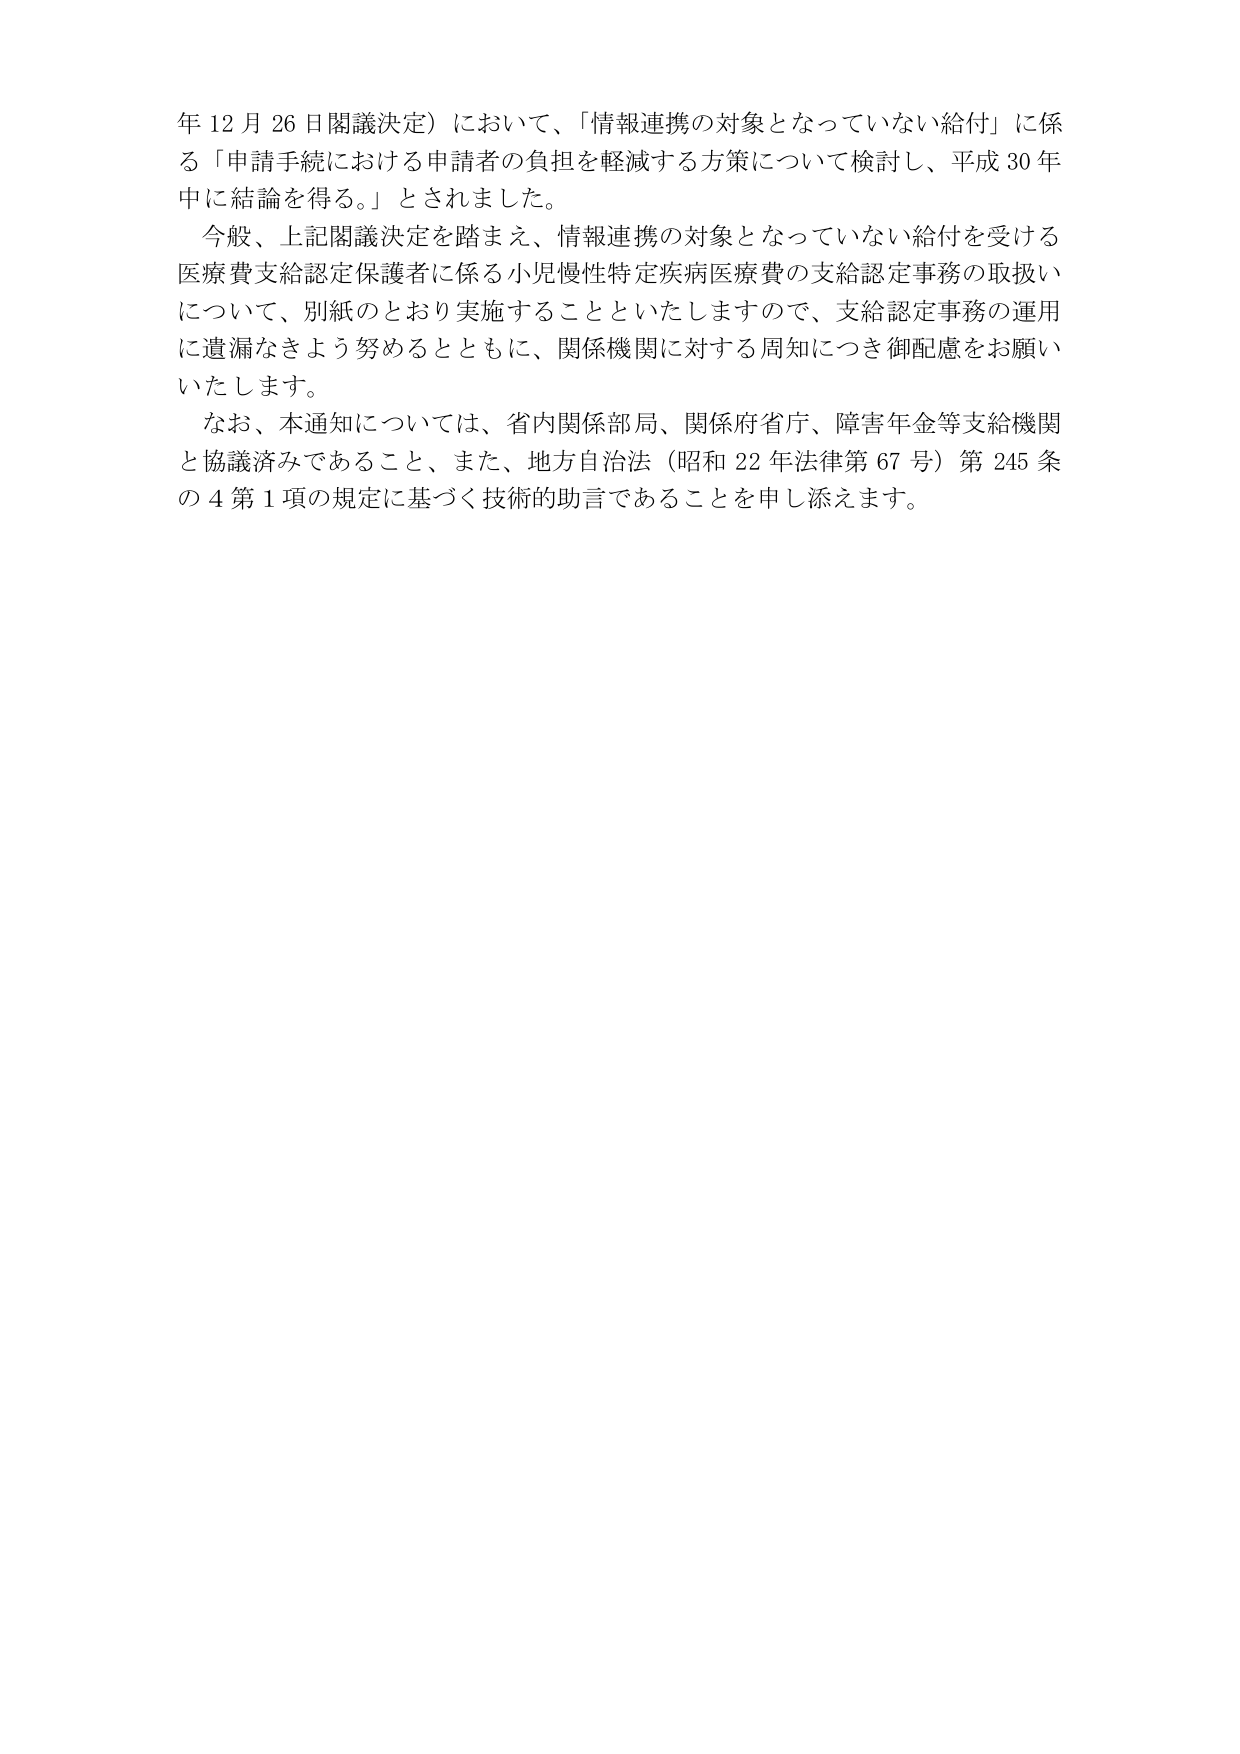
年 12 月 26 日閣議決定）において、「情報連携の対象となっていない給付」に係る「申請手続における申請者の負担を軽減する方策について検討し、平成 30 年中に結論を得る。」とされました。

今般、上記閣議決定を踏まえ、情報連携の対象となっていない給付を受ける医療費支給認定保護者に係る小児慢性特定疾病医療費の支給認定事務の取扱いについて、別紙のとおり実施することといたしますので、支給認定事務の運用に遺漏なきよう努めるとともに、関係機関に対する周知につき御配慮をお願いいたします。

なお、本通知については、省内関係部局、関係府省庁、障害年金等支給機関と協議済みであること、また、地方自治法（昭和 22 年法律第 67 号）第 245 条の 4 第 1 項の規定に基づく技術的助言であることを申し添えます。